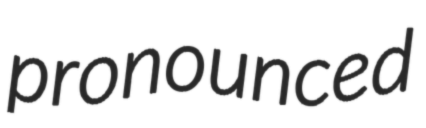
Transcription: pronounced